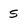
Character: s